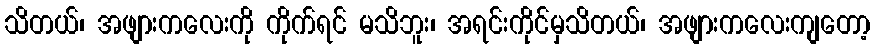
သိတယ်၊ အဖျားကလေးကို ကိုက်ရင် မသိဘူး၊ အရင်းကိုင်မှသိတယ်၊ အဖျားကလေးကျတော့